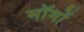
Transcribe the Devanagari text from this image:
मॉमों